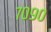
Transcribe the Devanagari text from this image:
७०९०